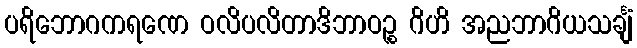
ပရိဘောဂကရဏေ ဝလိပလိတာဒိဘာဝဉ္စ ဂိဟိ အညဘာဂိယသင်္ချံ